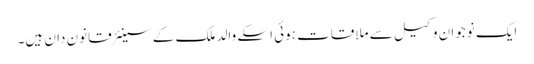
ایک نوجوان وکیل سے ملاقات ہوئی اسکے والد ملک کے سینئر قانون دان ہیں۔